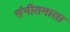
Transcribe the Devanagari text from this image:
संगीतमाला